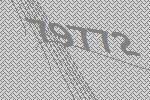
79772